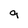
Character: g